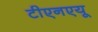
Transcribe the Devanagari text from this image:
टीएनएयू